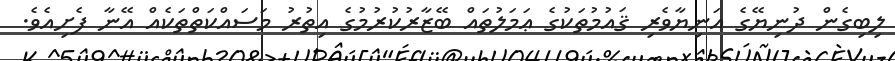
ލިބިގެން ދުނިޔޭގެ އަނިޔާވެރި ޤައުމުތަކުގެ ޢަމަލުތައް ބޭޒާރުކުރުމުގެ އިތުރު މަސައްކަތްތަކެއް އޭނާ ފެށިއެވެ.